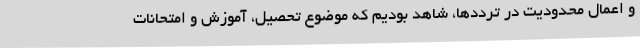
و اعمال محدودیت در ترددها، شاهد بودیم که موضوع تحصیل، آموزش و امتحانات